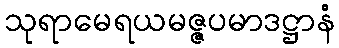
သုရာမေရယမဇ္ဇပမာဒဋ္ဌာနံ